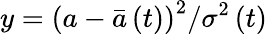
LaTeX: y=\left(a-\bar{a}\left(t\right)\right)^{2}/\sigma^{2}\left(t\right)